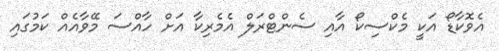
އެވޮކާޑޯ އަކީ މެކްސިކޯ އާއި ސެންޓްރަލް އެމެރިކާ އަށް ހާއްސަ މޭވާއެއް ކަމުގައި